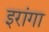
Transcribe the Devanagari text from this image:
इरांगा